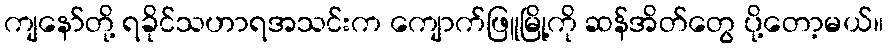
ကျနော်တို့ ရခိုင်သဟာရအသင်းက ကျောက်ဖြူမြို့ကို ဆန်အိတ်တွေ ပို့တော့မယ်။